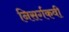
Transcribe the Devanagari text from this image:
निसर्गकवी